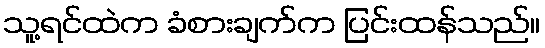
သူ့ရင်ထဲက ခံစားချက်က ပြင်းထန်သည်။